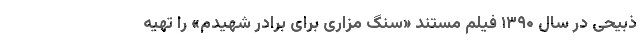
ذبیحی در سال ۱۳۹۰ فیلم مستند «سنگ مزاری برای برادر شهیدم» را تهیه